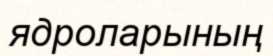
ядроларының